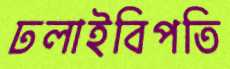
ঢলাইবিপতি